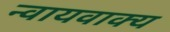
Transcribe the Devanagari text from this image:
न्वायवाक्य